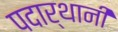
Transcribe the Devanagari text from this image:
पदार्थानी